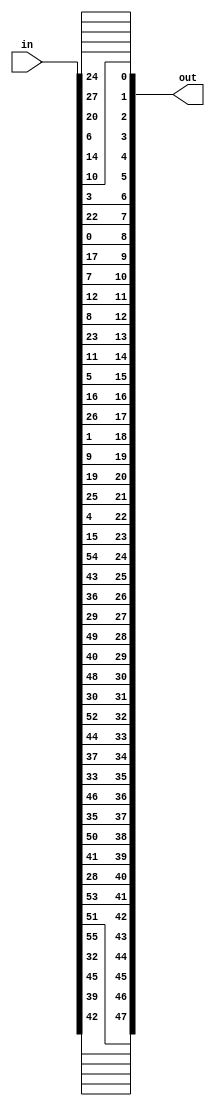
//Permute Output for Key Schedule
module permute_out(
input [55:0] in,
output [47:0] out
);

assign out[47] = in[42];
assign out[46] = in[39];
assign out[45] = in[45];
assign out[44] = in[32];
assign out[43] = in[55];
assign out[42] = in[51];

assign out[41] = in[53];
assign out[40] = in[28];
assign out[39] = in[41];
assign out[38] = in[50];
assign out[37] = in[35];
assign out[36] = in[46];

assign out[35] = in[33];
assign out[34] = in[37];
assign out[33] = in[44];
assign out[32] = in[52];
assign out[31] = in[30];
assign out[30] = in[48];

assign out[29] = in[40];
assign out[28] = in[49];
assign out[27] = in[29];
assign out[26] = in[36];
assign out[25] = in[43];
assign out[24] = in[54];

assign out[23] = in[15];
assign out[22] = in[4];
assign out[21] = in[25];
assign out[20] = in[19];
assign out[19] = in[9];
assign out[18] = in[1];

assign out[17] = in[26];
assign out[16] = in[16];
assign out[15] = in[5];
assign out[14] = in[11];
assign out[13] = in[23];
assign out[12] = in[8];

assign out[11] = in[12];
assign out[10] = in[7];
assign out[9] = in[17];
assign out[8] = in[0];
assign out[7] = in[22];
assign out[6] = in[3];

assign out[5] = in[10];
assign out[4] = in[14];
assign out[3] = in[6];
assign out[2] = in[20];
assign out[1] = in[27];
assign out[0] = in[24];

endmodule